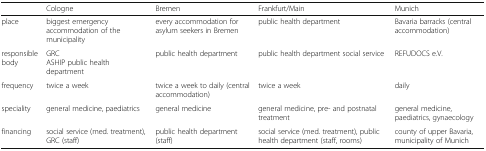
<table><thead><tr><td></td><td><b>Cologne</b></td><td><b>Bremen</b></td><td><b>Frankfurt/Main</b></td><td><b>Munich</b></td></tr></thead><tbody><tr><td>place</td><td>biggest emergency accommodation of the municipality</td><td>every accommodation for asylum seekers in Bremen</td><td>public health department</td><td>Bavaria barracks (central accommodation)</td></tr><tr><td>responsible body</td><td>GRCASHIP public health department</td><td>public health department</td><td>public health department social service</td><td>REFUDOCS e.V.</td></tr><tr><td>frequency</td><td>twice a week</td><td>twice a week to daily (central accommodation)</td><td>twice a week</td><td>daily</td></tr><tr><td>speciality</td><td>general medicine, paediatrics</td><td>general medicine</td><td>general medicine, pre- and postnatal treatment</td><td>general medicine, paediatrics, gynaecology</td></tr><tr><td>financing</td><td>social service (med. treatment), GRC (staff)</td><td>public health department (staff)</td><td>social service (med. treatment), public health department (staff, rooms)</td><td>county of upper Bavaria, municipality of Munich</td></tr></tbody></table>